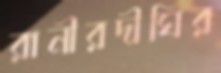
রানীরদীঘির